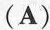
(A)